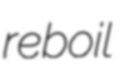
reboil